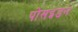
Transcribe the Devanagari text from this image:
पोसइडन